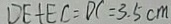
D E + E C = D C = 3 . 5 c m